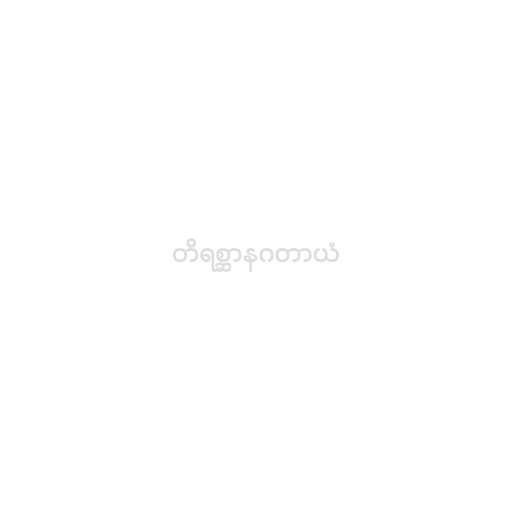
တိရစ္ဆာနဂတာယံ